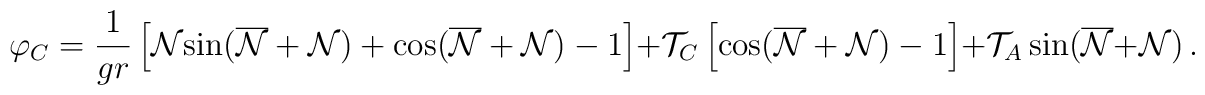
\varphi_C=\frac{1}{gr}\left[{\cal{N}}{\sin}(\overline{\cal{N}}+{\cal{N}})+{\cos}(\overline{\cal{N}}+{\cal{N}})-1\right]+{\cal T}_C\left[{\cos}(\overline{\cal{N}}+{\cal{N}})-1\right]+{\cal T}_A\,{\sin}(\overline{\cal{N}}+{\cal{N}})\,.